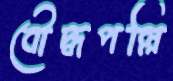
বৌদ্ধপল্লি